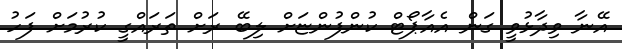
އޭނާ ވިދާޅުވީ ގަން އެއާޕޯޓް ކުންފުންޏަށް ލިބޭ ރަށް ތަރައްގީ ކުރުމަށް ފަހު